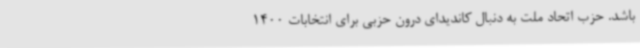
باشد. حزب اتحاد ملت به دنبال کاندیدای درون حزبی برای انتخابات 1400